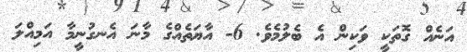
އަނެއް ގޮތަކީ ވަކިން އެ ބެލުމެވެ. 6- އާޔަތެއްގެ މާނަ އެނގުނީމާ އަމިއްލަ